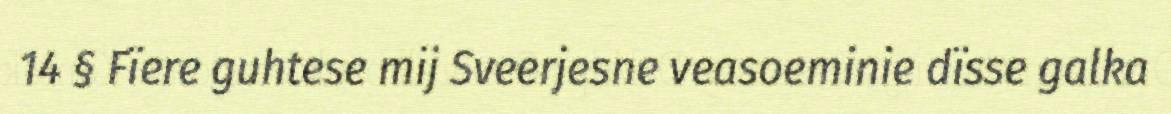
14 § Fïere guhtese mij Sveerjesne veasoeminie dïsse galka